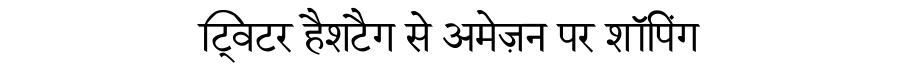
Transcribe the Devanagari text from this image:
ट्विटर हैशटैग से अमेज़न पर शॉपिंग